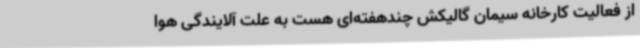
از فعالیت کارخانه سیمان گالیکش چندهفته‌ای هست به علت آلایندگی هوا